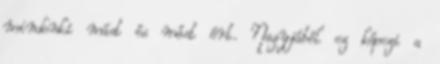
mindenki mást és mást ért. Nagyjából ez képezi a